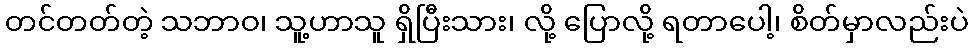
တင်တတ်တဲ့ သဘာဝ၊ သူ့ဟာသူ ရှိပြီးသား၊ လို့ ပြောလို့ ရတာပေါ့၊ စိတ်မှာလည်းပဲ